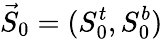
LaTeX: \vec{S}_{0}=(S_{0}^{t},S_{0}^{b})